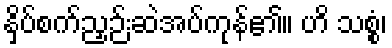
နှိပ်စက်ညှဉ်းဆဲအပ်ကုန်၏။ ဟိ သစ္စံ၊